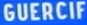
GUERCIF